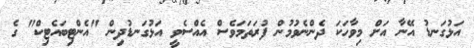
އަޅުގަނޑު އޭނާ އަށް މިވާހަކަ ދެންނެވުމުން ފުރަތަމަވެސް އެއްސެވީ އަޅުގަނޑުދިން "އެންޓިބައެޓިކް" ގެ